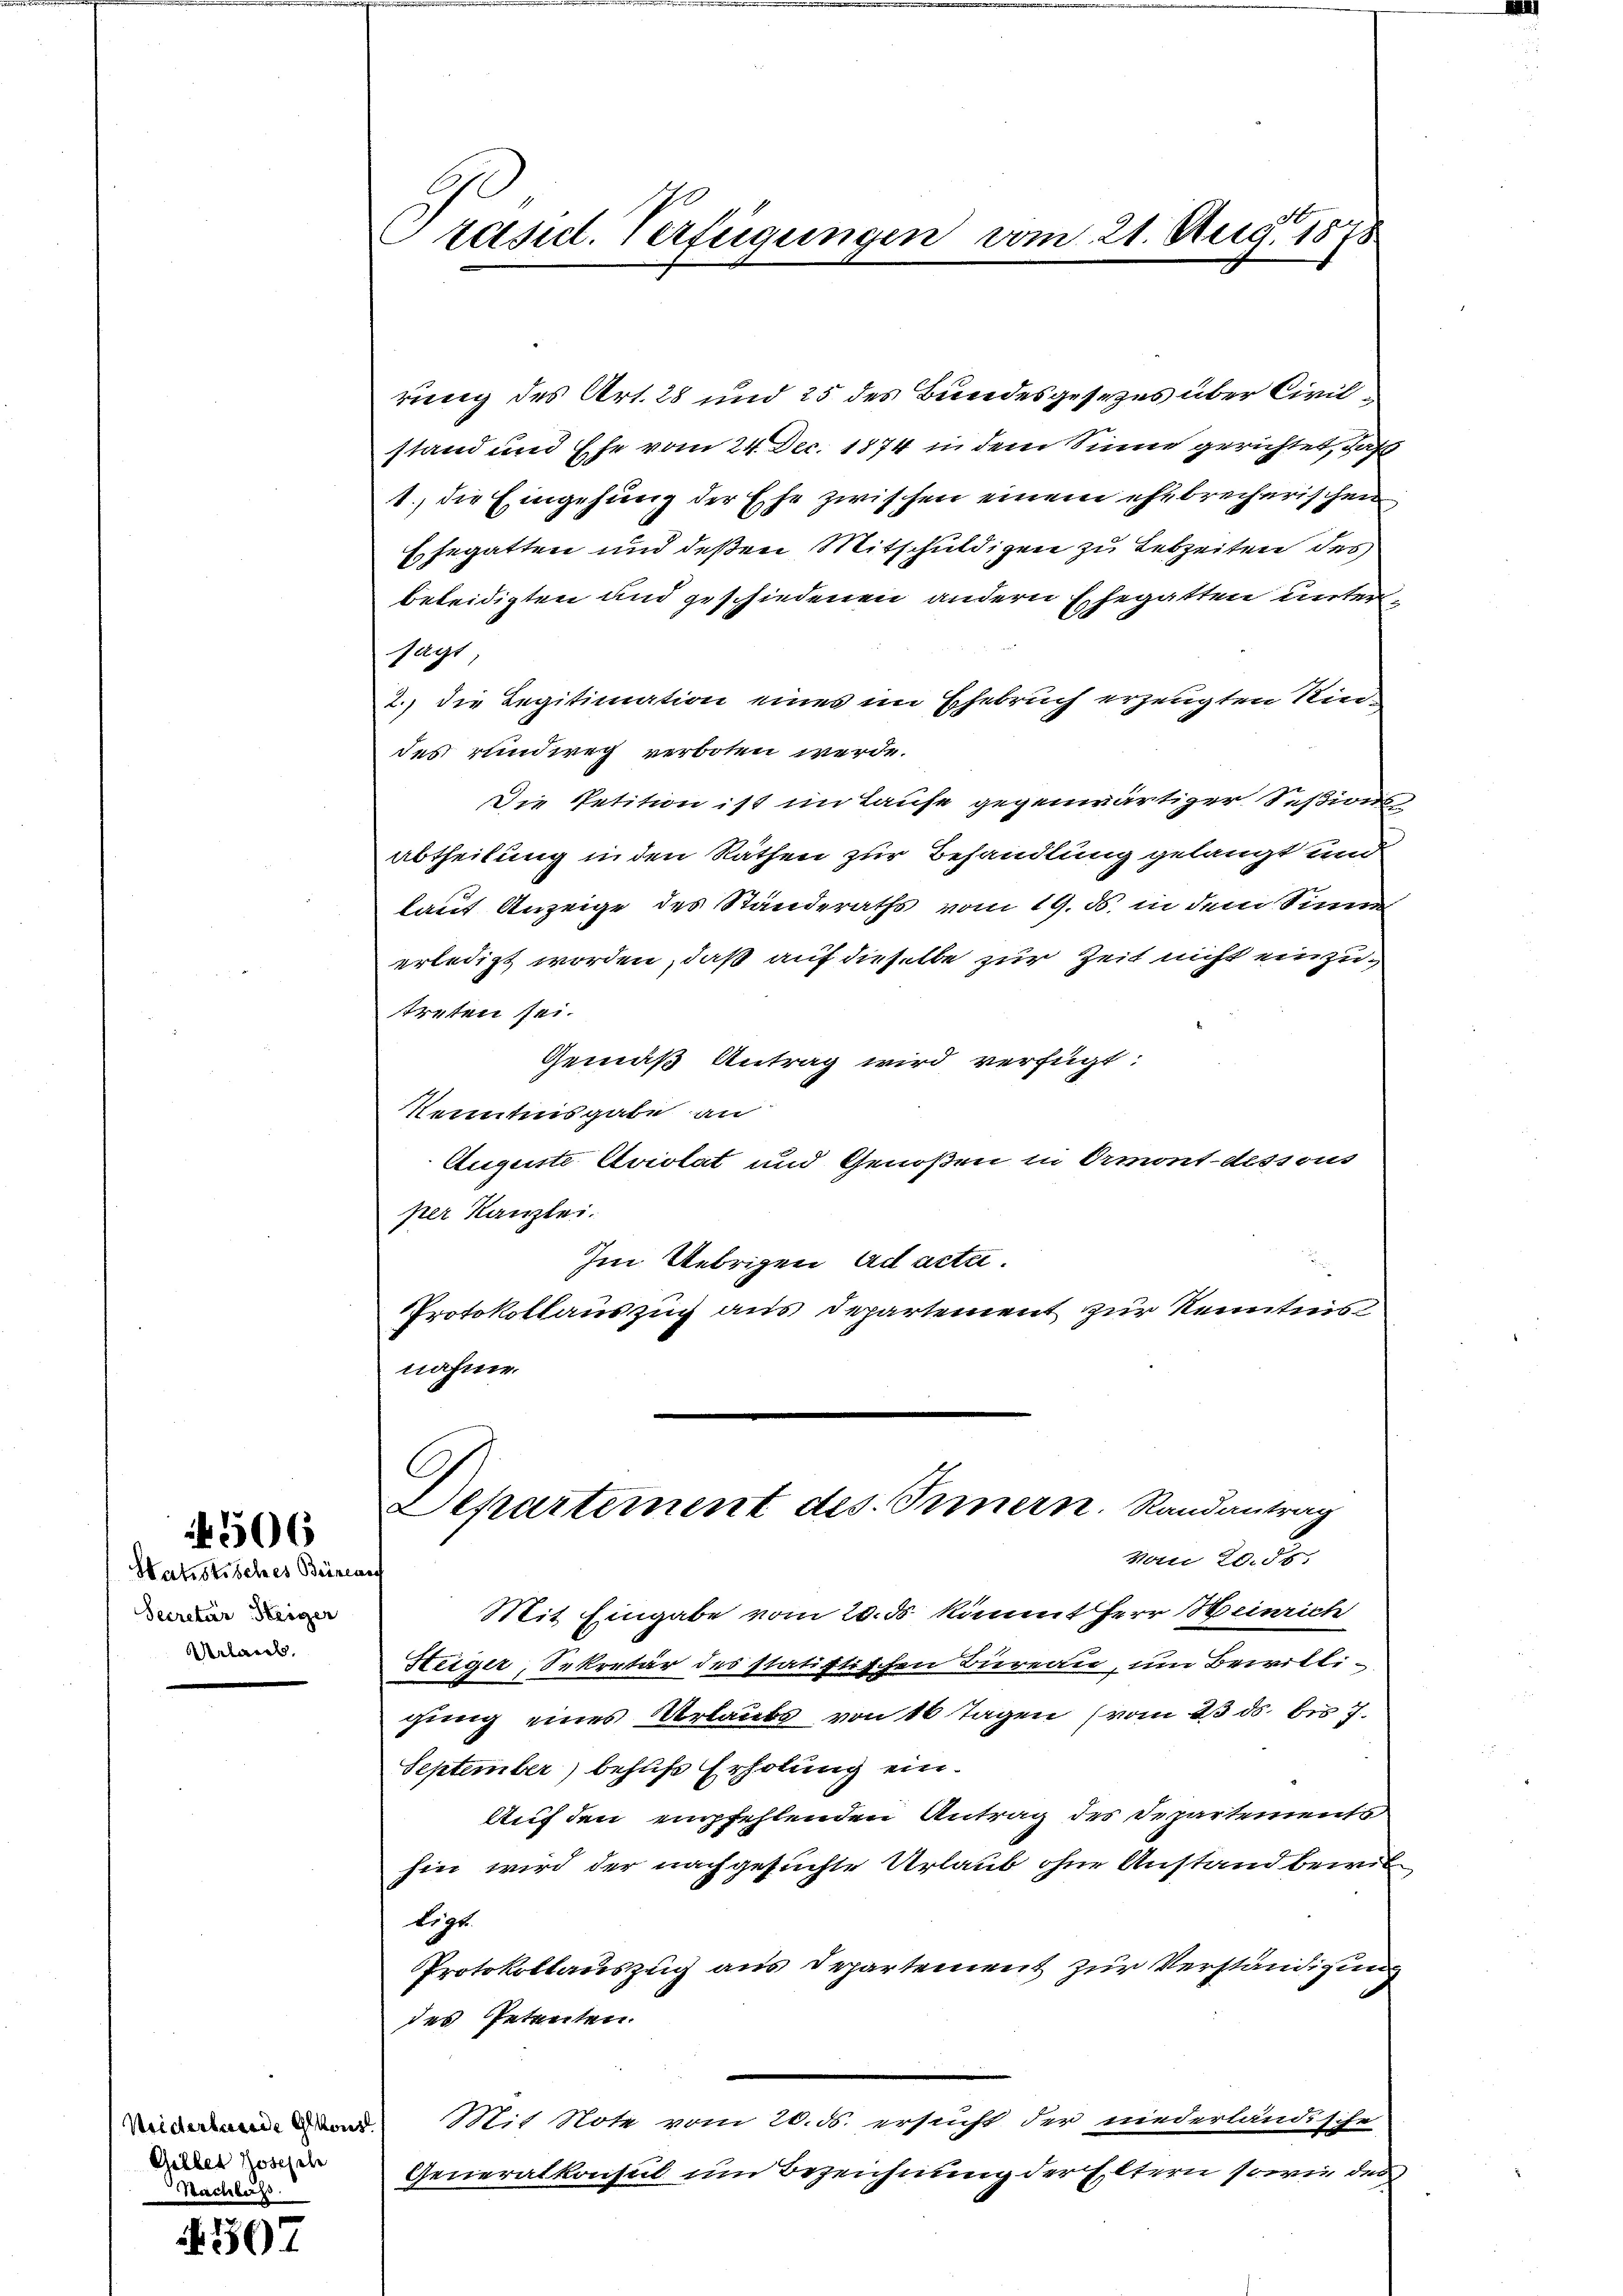
Satistisches Beiner
Secretär Steiger
Urlaub.

506

Widerlande gekons
Gilber Josefele
Nachlass

307

rasict. Verfügungen vom 21. Aug. 1878

rung des Art. 28 und 25 des Bundesgesezes über Civil
stand und Ehe vom 24. Dec. 1874 in dem Sinne gerichtet, daß
1., die Eingehung der Ehe zwischen einem ehebrecherischen
Ehegatten und deßen Mitschuldigen zu Lebzeiten des
beleidigten und geschiedenen andern Ehegatten unter
sagt
2.) die Legitimation eines im Ehebruch erzeugten Kin-
des rundweg verboten werde.
Die Petition ist im Laufe gegenwärtiger Seßions-
abtheilung in den Räthen zur Behandlung gelangt und
laut Anzeige des Standeraths vom 19. ds. in dem Sinne
erledigt worden, daß auf dieselbe zur Zeit nicht einzutreten sei.
Gemäß Antrag wird verfügt:
Kenntnisgabe an
Auguste Aviolat und Genoßen in Ormont-dessous
per Kanzlei.
Im Uebrigen ad acta.
Protokollauszug aus Departement zur Kenntnis
nahme.
A
Departement des Triern. Randantrag
Hotti 20. 55,
e
Mit Eingabe vom 20. ds kömmt Herr Heinrich
Steiger, Sekretär des statistischen Büreau, um Bewilligung eines Urlaubs von 16 Tagen (vom 23 ds bis 7
September) behufs Erholung ein.
Auf den empfehlenden Antrag des Departements
hin wird der nachgesuchte Urlaub ohne Anstand bewil¬
Logt.
Protokollauszug aus Departement zur Verständigung
des Petenten.
Stit Note vom 20. ds. ersucht der niederländische
Generalkonsul im Bezeichnung der Eltern sowie des